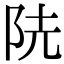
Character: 𨸪